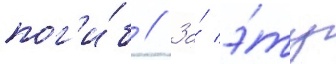
пог'и́б // За́ э́ту